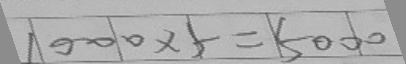
1 0 0 0 \times 5 = 5 0 0 0